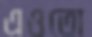
এওতো